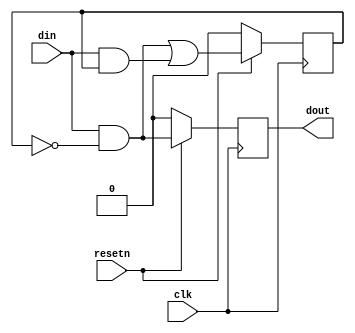
module model (
	input  clk,
	input  resetn,
	input  din,
	output dout
);

// trigger a pulse 1 cycle after din goes up
reg  edge_seen_q;
wire edge_seen_next;
reg  pulse_q;
wire pulse_next;
assign edge_seen_next = ( din & ~edge_seen_q) 
					  | ( din & edge_seen_q );
assign pulse_next      = din & ~edge_seen_q;
 
always @(posedge clk)
begin
	if ( ~resetn ) begin
		edge_seen_q <= 1'b0;
		pulse_q     <= 1'b0;
	end else begin
		edge_seen_q <= edge_seen_next;
		pulse_q     <= pulse_next;
	end
end

assign dout = pulse_q;

`ifdef FORMAL

reg din_f_q;

initial begin
	// assume
	a_reset : assume( ~resetn );
end


always @(posedge clk)
begin
	if ( ~resetn ) begin
		din_f_q <= 1'b0;
	end
	if (resetn) begin
		din_f_q <= din;
		
		// assert
		sva_pulse : assert( $rose(din_f_q) == dout );
	
		// cover
		c_dout : cover ( dout );  
		c_ndout : cover ( ~dout );  
	end
	c_nreset : cover ( ~resetn );
end
`endif
endmodule